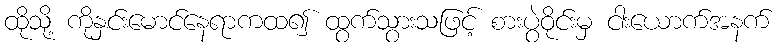
ထိုသို့ ကိုနှင်းမောင်နေရာကထ၍ ထွက်သွားသဖြင့် စားပွဲဝိုင်းမှ ငါးယောက်အနက်